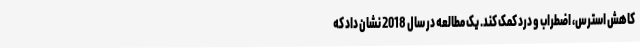
کاهش استرس، اضطراب و درد کمک کند. یک مطالعه در سال 2018 نشان داد که